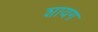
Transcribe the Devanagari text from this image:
शायग